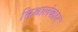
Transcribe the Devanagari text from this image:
मिश्रालंकार